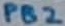
Text: PB2